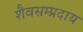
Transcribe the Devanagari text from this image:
शैवसम्प्रदाय